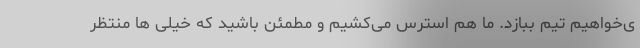
ی‌خواهیم تیم ببازد. ما هم استرس می‌کشیم و مطمئن باشید که خیلی ها منتظر